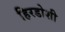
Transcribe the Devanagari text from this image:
हिरडोशी